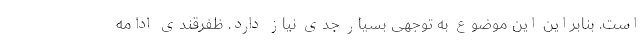
است. بنابراین این موضوع به توجهی بسیار جدی نیاز دارد. ظفرقندی ادامه